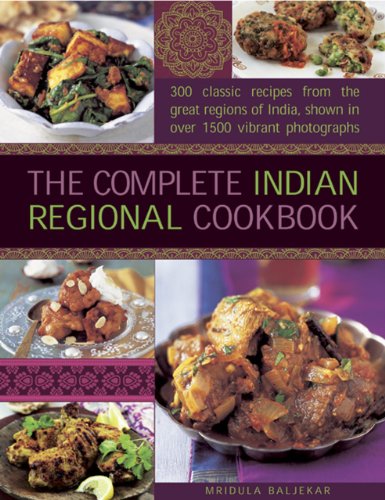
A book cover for The Complete Indian Regional Cookbook: 300 classic recipes from the great regions of India, shown in over 1500 vibrant photographs; Mridula Baljekar; Cookbooks, Food & Wine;